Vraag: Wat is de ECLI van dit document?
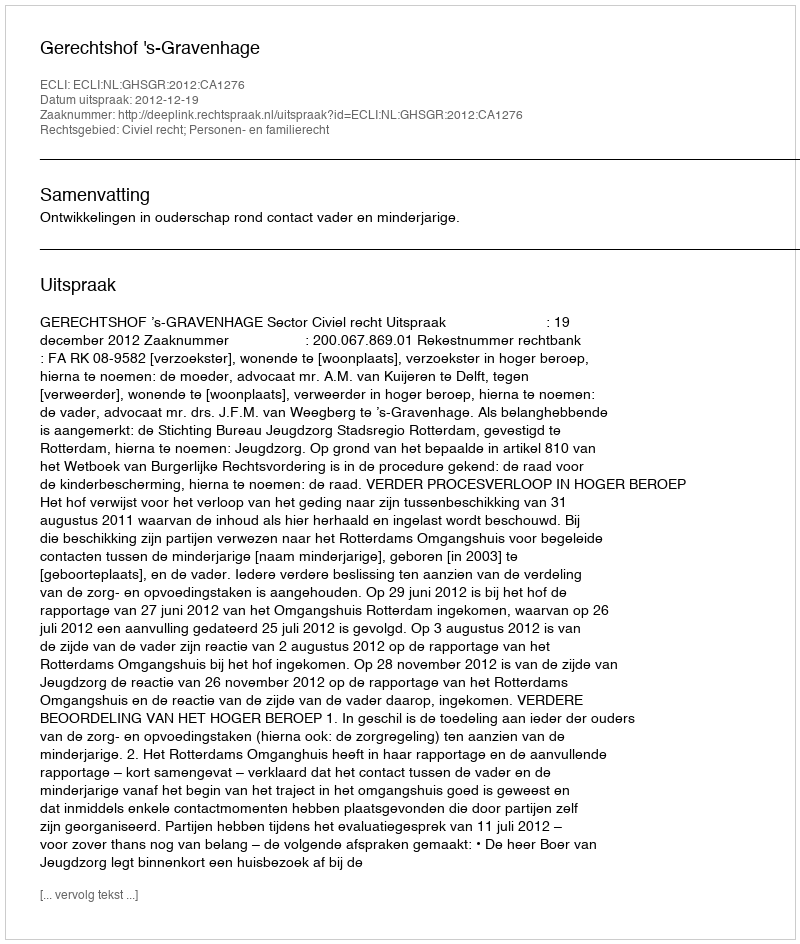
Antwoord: ECLI:NL:GHSGR:2012:CA1276